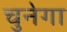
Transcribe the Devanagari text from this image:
चुनेगा